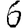
Digit: 6